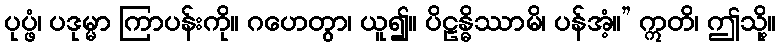
ပုပ္ဖံ၊ ပဒုမ္မာ ကြာပန်းကို။ ဂဟေတွာ၊ ယူ၍။ ပိဠန္ဓိဿာမိ၊ ပန်အံ့။” ဣတိ၊ ဤသို့။